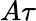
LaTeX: A\tau